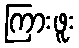
ကြားဖူး